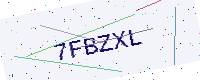
Text: 7FBZXL